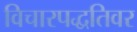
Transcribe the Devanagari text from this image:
विचारपद्धतिवर